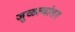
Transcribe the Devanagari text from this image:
जुळल्यांतर